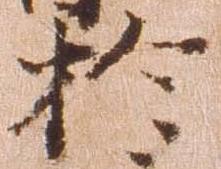
於